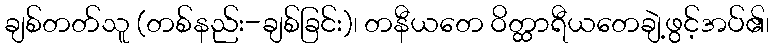
ချစ်တတ်သူ (တစ်နည်း-ချစ်ခြင်း)၊ တနီယတေ ဝိတ္ထာရီယတေချဲ့ဖွင့်အပ်၏၊